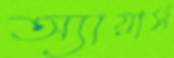
অ্যায়ার্স